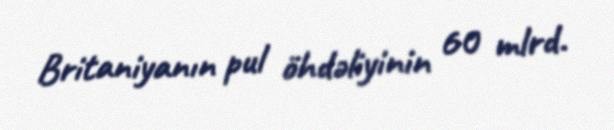
Britaniyanın pul öhdəliyinin 60 mlrd.